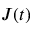
J ( t )